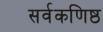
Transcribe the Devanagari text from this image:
सर्वकणिष्ठ